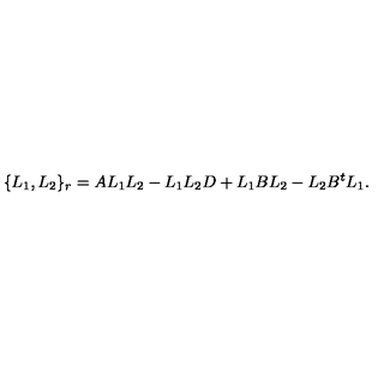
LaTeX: \{ L _ { 1 } , L _ { 2 } \} _ { r } = A L _ { 1 } L _ { 2 } - L _ { 1 } L _ { 2 } D + L _ { 1 } B L _ { 2 } - L _ { 2 } B ^ { t } L _ { 1 } .